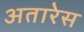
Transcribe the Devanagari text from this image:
अतारेस